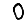
Digit: 0